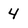
Character: 4